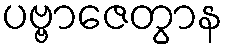
ပဗ္ဗာဇေတွာန